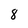
Character: 8